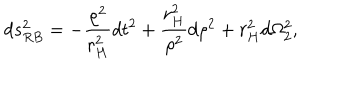
LaTeX: d s _ { R B } ^ { 2 } = - \frac { \rho ^ { 2 } } { r _ { H } ^ { 2 } } d t ^ { 2 } + \frac { r _ { H } ^ { 2 } } { \rho ^ { 2 } } d \rho ^ { 2 } + r _ { H } ^ { 2 } d \Omega _ { 2 } ^ { 2 } ,